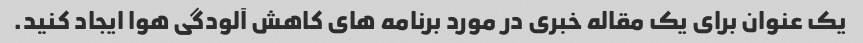
یک عنوان برای یک مقاله خبری در مورد برنامه های کاهش آلودگی هوا ایجاد کنید.